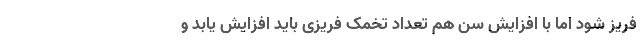
فریز شود اما با افزایش سن هم تعداد تخمک فریزی باید افزایش یابد و